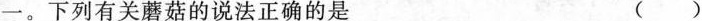
一。下列有关蘑菇的说法正确的是 ( )